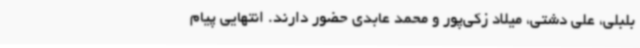
بلبلی، علی دشتی، میلاد زکی‌پور و محمد عابدی حضور دارند. انتهایی پیام